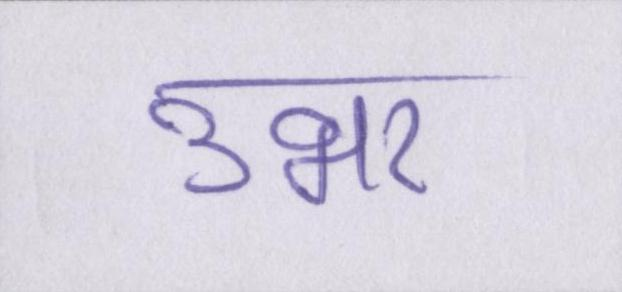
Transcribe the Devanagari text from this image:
उभर